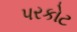
પરકોટ